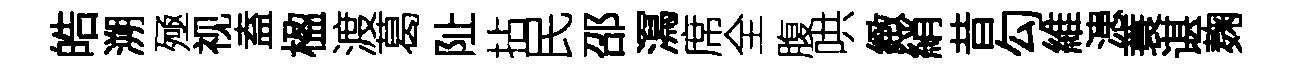
皓溯殛视盍楹渡葛阯拈民邵㵼席全腹哄緻綃昔勾維漶蓑谌麹